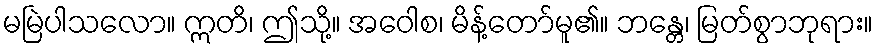
မမြဲပါသလော။ ဣတိ၊ ဤသို့။ အဝေါစ၊ မိန့်တော်မူ၏။ ဘန္တေ၊ မြတ်စွာဘုရား။